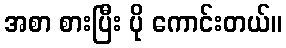
အစာ စားပြီး ပို ကောင်းတယ်။